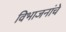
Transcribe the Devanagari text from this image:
विभाजनांचे